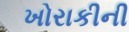
ખોરાકીની